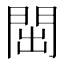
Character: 𬮉